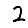
Digit: 2